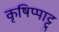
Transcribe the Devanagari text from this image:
कृषिप्पाट्टु